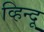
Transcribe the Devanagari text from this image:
व्हिन्दू